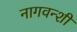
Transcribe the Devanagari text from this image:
नागवन्शी